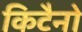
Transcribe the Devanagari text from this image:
किटैनो